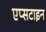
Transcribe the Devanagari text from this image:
एप्सटाइन